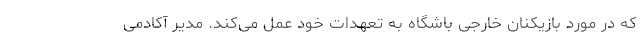
که در مورد بازیکنان خارجی باشگاه به تعهدات خود عمل می‌کند. مدیر آکادمی